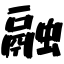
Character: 融